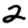
Digit: 2